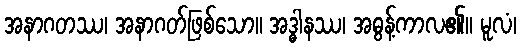
အနာဂတဿ၊ အနာဂတ်ဖြစ်သော။ အဒ္ဓါနဿ၊ အဓွန့်ကာလ၏။ မူလံ၊